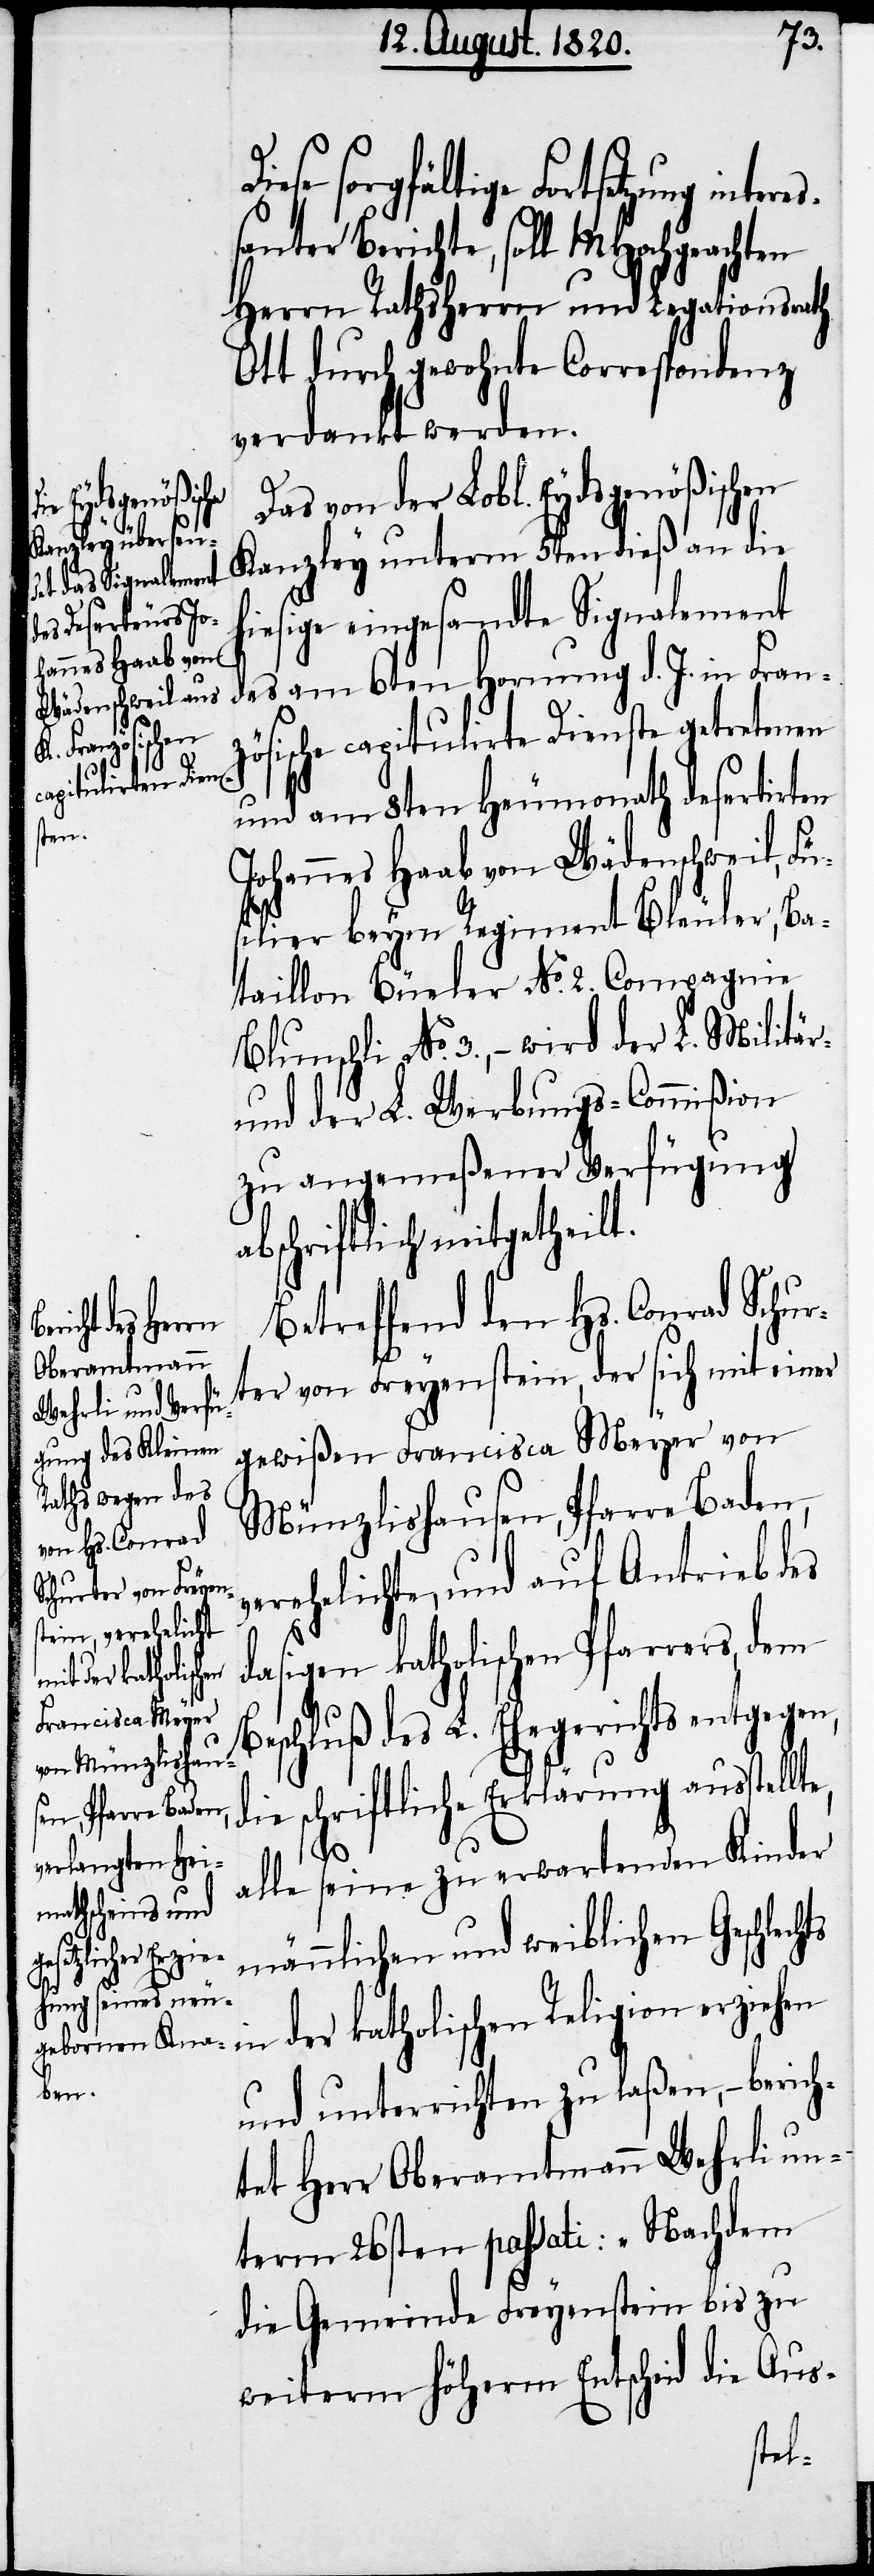
sorgfältige Fortsetzung inter¬
santer Berichte, soll MHochgeachten
Herrn Rathsherrn und Legationsrath
Ott durch gewohnte Correspondenz
verdankt werden.
Da von der Lobl. Eydsgenößischen
Kanzley unterm 5ten dieß an die
hiesige eingesandte Signalement
des am 6ten Hornung d. J. in Franz¬
ösische capitulirte Dienste getretenen
und am 8ten Heumonath desertirt¬
en
Johannes Haab von Wädenschweil, Fü¬
silier beym Regiment Bleuler, Ba¬
taillon Büeler No. 2. Compagnie
Blunschli No. 3., – wird der L. Militär-
und der L. Werbungs-Commißion
zu angemeßener Verfügung
abschriftlich mitgetheilt.
Betreffend den Hs. Conrad Schur¬
e,
ter von Freyenstein, der sich mit einer
gewißen Francisca Meyer von
Münzlishausen, Pfarre Baden,
erehelichte, und auf Antrieb des
dasigen katholischen Pfarrers, dem
Beschluß des L. Ehegerichtes entgegen,
die schriftliche Erklärung ausstellt¬
alle seine zu erwartenden Kinder
männlichen und weiblichen Geschl¬
echts in der katholischen Religion erziehen
und unterrichten zu laßen, – berich¬
tet Herr Oberamtmann Wehrli un¬
term 26sten passati: „Nachdem
die Gemeinde Freyenstein bis zu
weiterm höherm Entscheid die Aus-